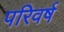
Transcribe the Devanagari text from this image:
परिवर्ष